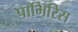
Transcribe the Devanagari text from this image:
पामिरिस